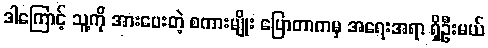
ဒါကြောင့် သူ့ကို အားပေးတဲ့ စကားမျိုး ပြောတာကမှ အရေးအရာ ရှိဦးမယ်